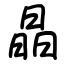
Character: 晶